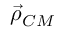
\vec { \rho } _ { C M }